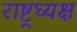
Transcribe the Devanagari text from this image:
राष्ट्रध्यक्ष